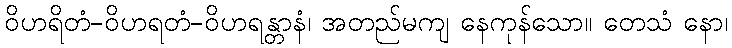
ဝိဟရိတံ-ဝိဟရတံ-ဝိဟရန္တာနံ၊ အတည်မကျ နေကုန်သော။ တေသံ နော၊